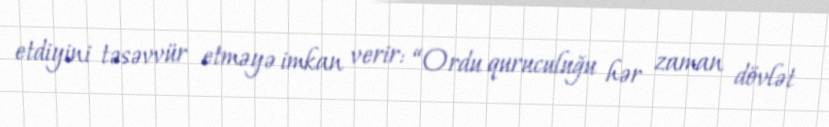
etdiyini təsəvvür etməyə imkan verir: “Ordu quruculuğu hər zaman dövlət